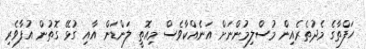
ހަފްތާގެ މެދުތެރެއިން މުސްލިމުންނަށް އަނެއްކާވެސް މިއޮތީ ލަންޑަން އާއި ގުޅޭ ގޮތުން އުފާވެރި